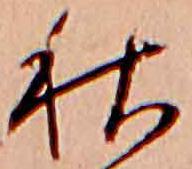
秋